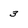
Character: 3